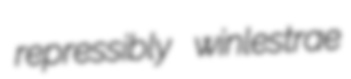
repressibly winlestrae